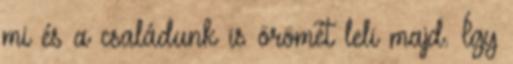
mi és a családunk is örömét leli majd. Így